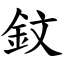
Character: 鈫